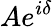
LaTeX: Ae^{i\delta}